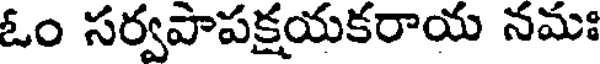
ఓం సర్వపాపక్షయకరాయ నమః